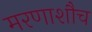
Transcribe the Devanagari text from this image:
मरणाशौच